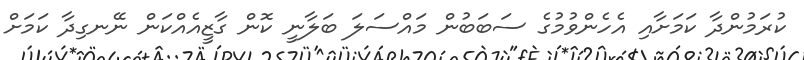
ކުރަމުންދާ ކަމަށާއި އެހެންވުމުގެ ސަބަބުން މައްސަލަ ބަލާނީ ކޮން ގާޒީއެއްކަން ނޭނގިދާ ކަމަށް